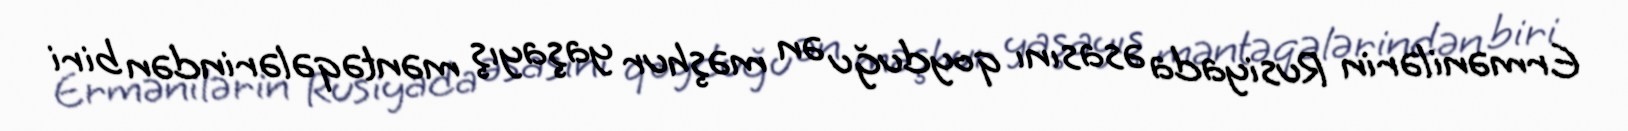
Ermənilərin Rusiyada əsasını qoyduğu ən məşhur yaşayış məntəqələrindən biri